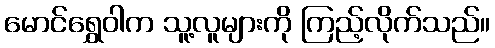
မောင်ရွှေဝါက သူ့လူများကို ကြည့်လိုက်သည်။